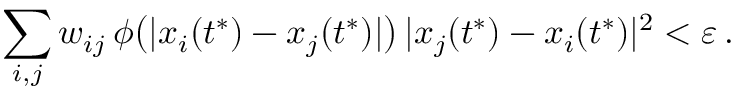
\sum _ { i , j } w _ { i j } \, \phi \big ( | x _ { i } ( t ^ { * } ) - x _ { j } ( t ^ { * } ) | \big ) \, | x _ { j } ( t ^ { * } ) - x _ { i } ( t ^ { * } ) | ^ { 2 } < \varepsilon \, .